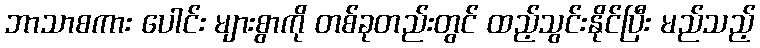
ဘာသာစကား ပေါင်း များစွာကို တစ်ခုတည်းတွင် ထည့်သွင်းနိုင်ပြီး မည်သည့်